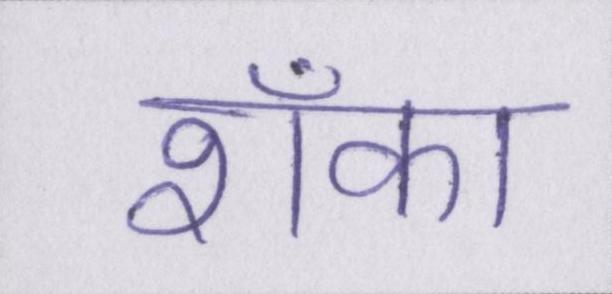
शँका